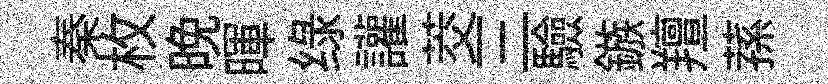
秦枚晚暉绿讙茭三驗鏃羶蓀